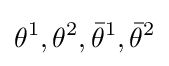
\theta ^{1},\theta ^{2},{\bar {\theta }}^{1},{\bar {\theta }}^{2}